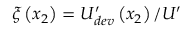
\xi \left( x _ { 2 } \right) = U _ { d e v } ^ { \prime } \left( x _ { 2 } \right) / U ^ { \prime }